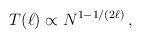
LaTeX: \begin{align*}T(\ell) \propto N^{1-1/(2\ell)}\, ,\end{align*}